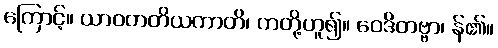
ကြောင့်။ ယာဝတတိယကာတိ၊ ကတို့ဟူ၍။ ဝေဒိတဗ္ဗာ၊ န်၏။